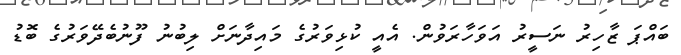
ބައްޕަ ޒާހިރު ނަސީރު އަވަހާރަވުން. އެއީ ކުޅިވަރުގެ މައިދާނަށް ލިބުނު ފޫނުބެދޭވަރުގެ ބޮޑު